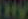
Hy